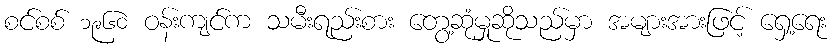
စင်စစ် ၁၉၆၀ ဝန်းကျင်က သမီးရည်းစား တွေ့ဆုံမှုဆိုသည်မှာ အများအားဖြင့် ရှေ့ရေး